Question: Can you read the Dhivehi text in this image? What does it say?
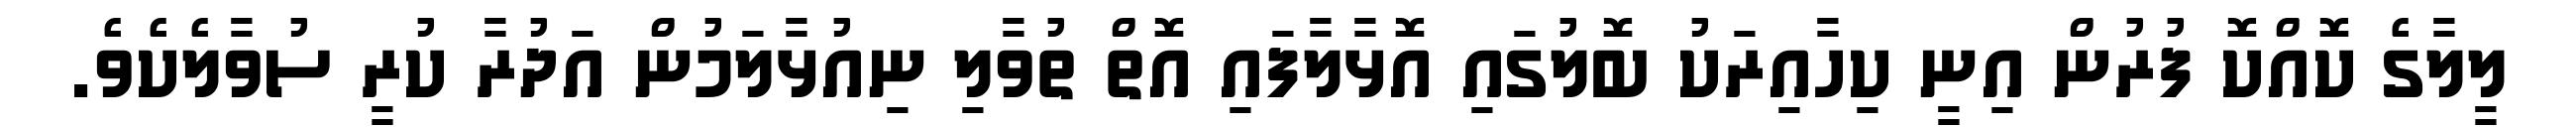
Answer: ލީލާގެ ކޮއްކޮ ފުރުން އިނީ ކިހާއިރަކު ބޮލުގައި އޮޅާލާފައި އޮތް ތުވާލި ނިއުޅާލަމުން އަދުރާ ކުރީ ސުވާލެކެވެ.